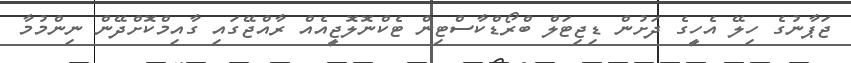
ޖަޕާނުގެ ހިލޭ އެހީގެ ދަށުން ޑިޖިޓަލް ބްރޯޑްކާސްޓިން ޓެކްނޮލޮޖީއެއް ރާއްޖޭގައި ގާއިމްކޮށްދޭން ނިންމުމާ